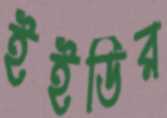
ইইডির